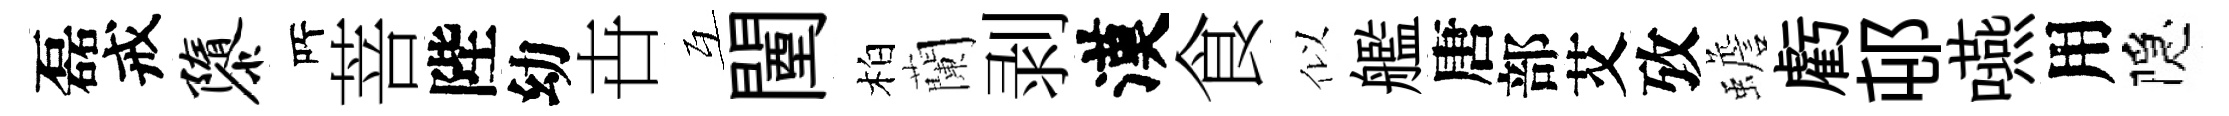
磊戒隳𠩄菩陛幼卋互闉柏蘭剥漢食似艦唐部艾攷蟾虧邨嚥用隠